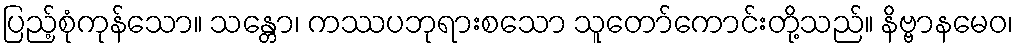
ပြည့်စုံကုန်သော။ သန္တော၊ ကဿပဘုရားစသော သူတော်ကောင်းတို့သည်။ နိဗ္ဗာနမေဝ၊